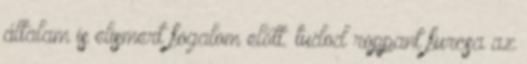
általam is elismert fogalom előtt. tudod roppant furcsa az